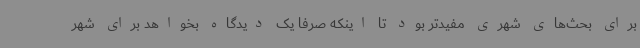
برای بحث‌های شهری مفیدتر بود تا اینکه صرفا یک دیدگاه بخواهد برای شهر